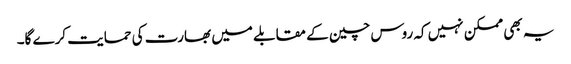
یہ بھی ممکن نہیں کہ روس چین کے مقابلے میں بھارت کی حمایت کرے گا۔